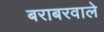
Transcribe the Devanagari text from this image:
बराबरवाले